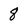
Character: 8